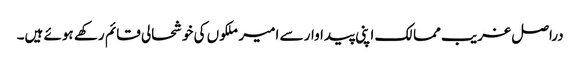
دراصل غریب ممالک اپنی پیداوار سے امیر ملکوں کی خوشحالی قائم رکھے ہوئے ہیں۔